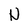
Character: N